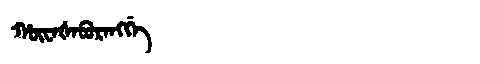
Manchu: ᡥᡡᠸᠠᡧᠠᠪᡠᡵᠠᠩᡤᡝ
Romanization: HŪWAŠABURANGGE